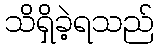
သိရှိခဲ့ရသည်